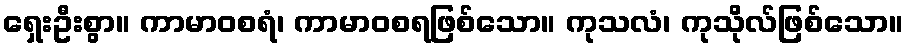
ရှေးဦးစွာ။ ကာမာဝစရံ၊ ကာမာဝစရဖြစ်သော။ ကုသလံ၊ ကုသိုလ်ဖြစ်သော။